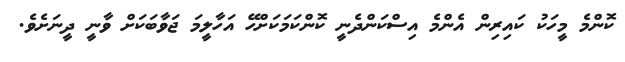
ކޮންމެ މީހަކު ކައިރިން އެންމެ އިސްކަންދެނީ ކޮންކަމަކަށްހޭ އަހާލީމަ ޖަވާބަކަށް ވާނީ ދީނަށެވެ.